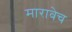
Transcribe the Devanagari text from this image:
मारावेच